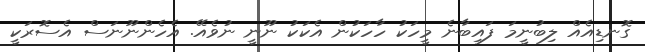
ގޮނޑިއެއް ލިބުނީމަ ފައިބާނެ މީހަކު ހާހަކުން އެކަކު ނޫނީ ނުވެއޭ. އެހެންނޫނަސް އެސޮރަކީ